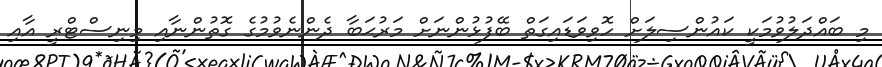
މި ބައްދަލުވުމަކީ ކައުންސިލަށް ހޮވިވަޑައިގަތް ބޭފުޅުންނަށް މަރުޙަބާ ދެންނެވުމުގެ ގޮތުންނާއި މިނިސްޓްރީ އާއި